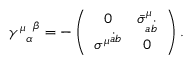
{ { \gamma ^ { \mu } } _ { \alpha } } ^ { \beta } = - \left( \begin{array} { c c } { { 0 } } & { { { { \bar { \sigma } } ^ { \mu } } _ { a \dot { b } } } } \\ { { { \sigma ^ { \mu } } ^ { \dot { a } b } } } & { { 0 } } \end{array} \right) .